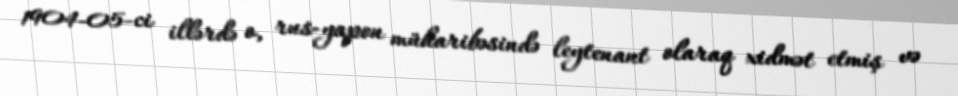
1904-05-ci illərdə o, rus-yapon müharibəsində leytenant olaraq xidmət etmiş və